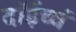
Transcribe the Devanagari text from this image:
दॉईच्चं